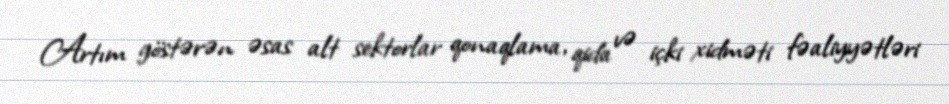
Artım göstərən əsas alt sektorlar qonaqlama, qida və içki xidməti fəaliyyətləri